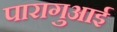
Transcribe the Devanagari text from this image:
पारागुआई